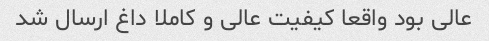
عالی بود واقعا کیفیت عالی و کاملا داغ ارسال شد